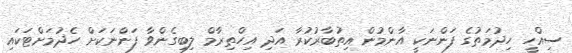
ސިއްހީ ހިދުމަތުގެ ފަންނަކީ އާންމުން އިތުބާރުކުރާ އަދި އިހްތިރާމް ލިބިގެންވާ ފަންނަކަށް ހެދުމަށްޓަކައި